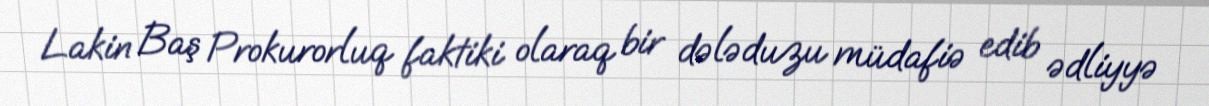
Lakin Baş Prokurorluq faktiki olaraq bir dələduzu müdafiə edib ədliyyə